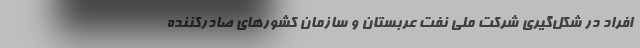
افراد در شکل‌گیری شرکت ملی نفت عربستان و سازمان کشورهای صادرکننده